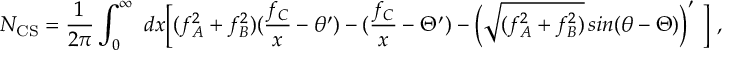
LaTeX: N _ { \mathrm { C S } } = \frac { 1 } { 2 \pi } \int _ { 0 } ^ { \infty } \ d x \Bigl [ ( f _ { A } ^ { 2 } + f _ { B } ^ { 2 } ) ( \frac { f _ { C } } { x } - \theta ^ { \prime } ) - ( \frac { f _ { C } } { x } - \Theta ^ { \prime } ) - \Bigl ( \sqrt { ( f _ { A } ^ { 2 } + f _ { B } ^ { 2 } ) } \, s i n ( \theta - \Theta ) \Bigr ) ^ { \prime } \ \Bigr ] \ ,